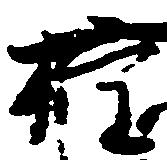
権